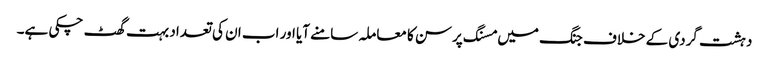
دہشت گردی کے خلاف جنگ میں مسنگ پرسن کا معاملہ سامنے آیا اور اب ان کی تعداد بہت گھٹ چکی ہے۔